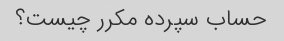
حساب سپرده مکرر چیست؟